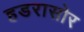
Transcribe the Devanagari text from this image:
हडरासोर